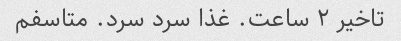
تاخیر ۲ ساعت. غذا سرد سرد. متاسفم